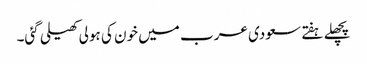
پچھلے ہفتے سعودی عرب میں خون کی ہولی کھیلی گئی۔